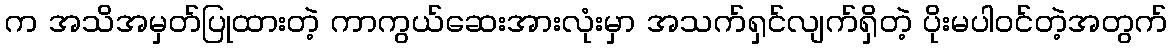
က အသိအမှတ်ပြုထားတဲ့ ကာကွယ်ဆေးအားလုံးမှာ အသက်ရှင်လျက်ရှိတဲ့ ပိုးမပါဝင်တဲ့အတွက်